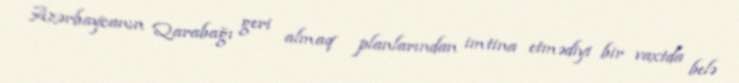
Azərbaycanın Qarabağı geri almaq planlarından imtina etmədiyi bir vaxtda belə